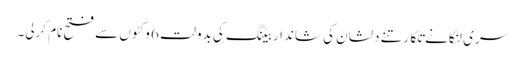
سری لنکا نے تلکارتنے دلشان کی شاندار بیٹنگ کی بدولت 6 وکٹوں سے فتح نام کرلی۔